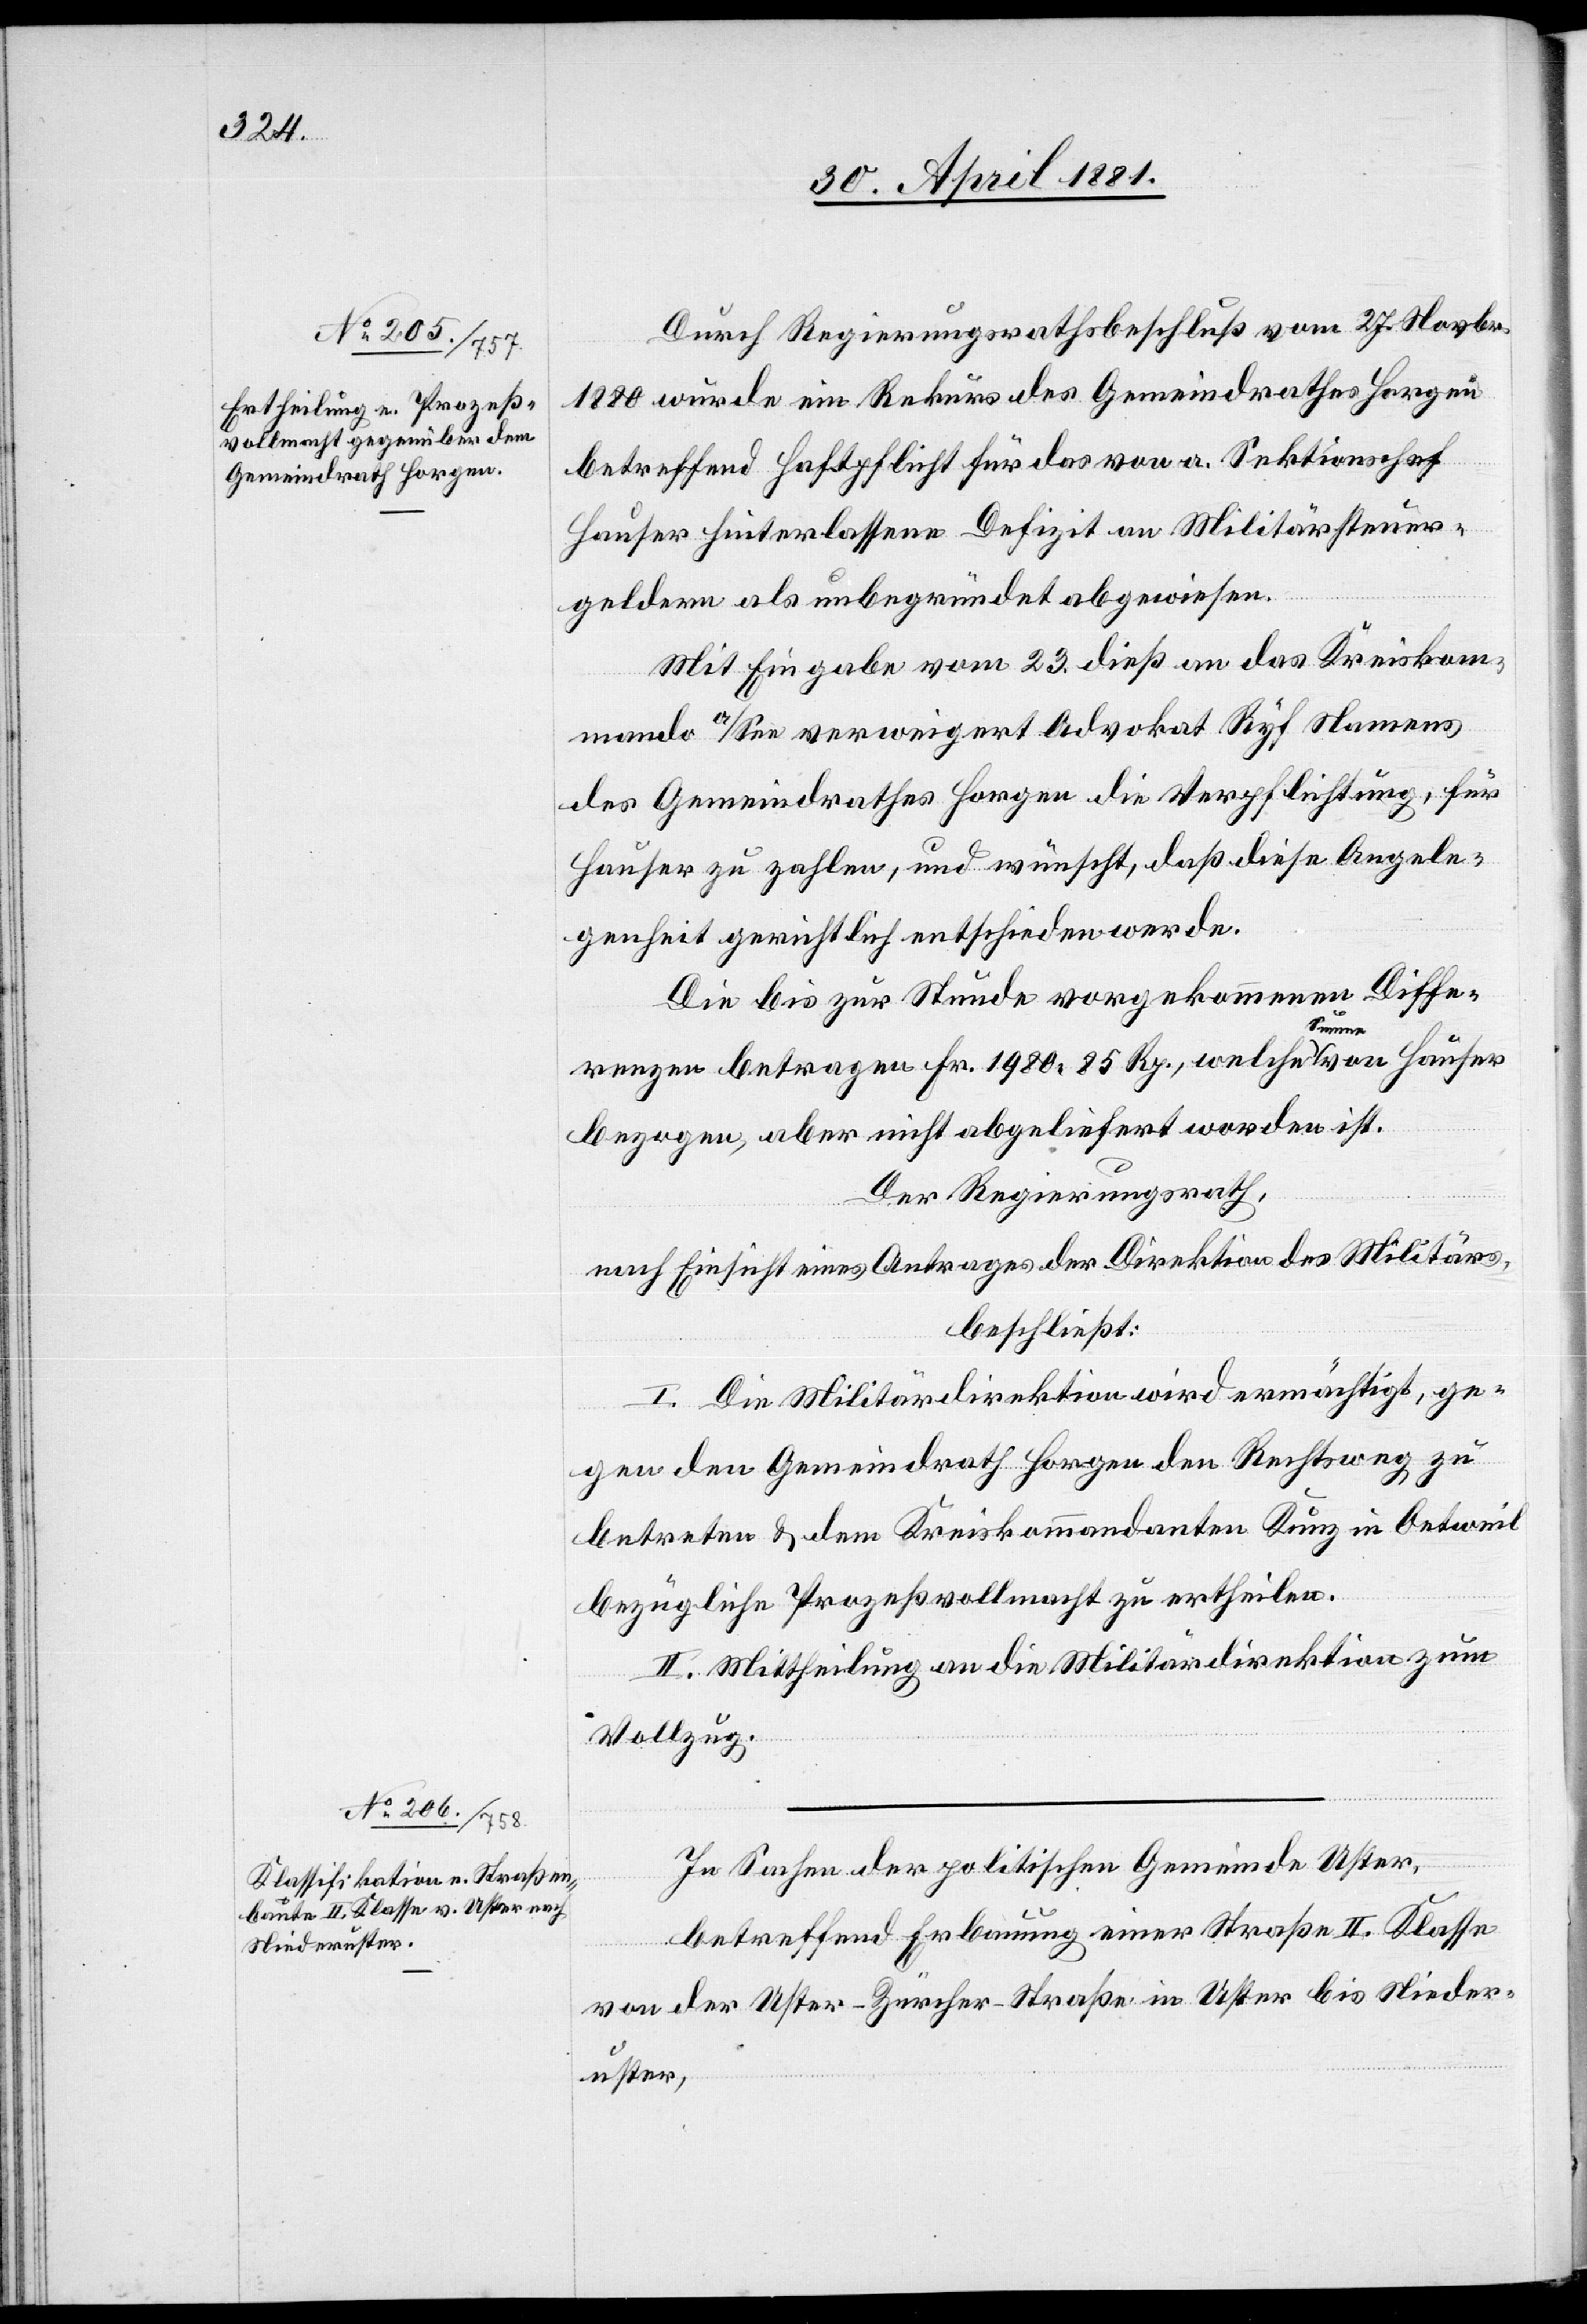
Durch Regierungsrathsbeschluß vom 27. Novbr.
1880 wurde ein Rekurs des Gemeindrathes Horgen
betreffend Haftpflicht für das von Sektionschef
Sauter hinterlassene Defizit an Militärsteuer¬
geldern als unbegründet abgewiesen.
Mit Eingabe vom 23. dieß an das Kreiskom¬
mando a/See verweigert Advokat Ryf Namens
des Gemeindrathes Horgen die Verpflichtung, für
Hauser zu zahlen, und wünscht, daß diese Angele¬
genheit gerichtlich entschieden werde.
Die bis zur Stunde vorgekommenen Diffe¬
renzen betragen Fr. 1980 85 Rp., welche Summe von Hauser
bezogen, aber nicht abgeliefert worden ist.
Der Regierungsrath,
nach Einsicht eines Antrages der Direktion des Militärs,
beschließt:
I. Die Militärdirektion wird ermächtigt, ge¬
gen den Gemeindrath Horgen den Rechtsweg zu
betreten & dem Kreiskommandanten Kunz in Oetweil
bezügliche Prozeßvollmacht zu ertheilen.
II. Mittheilung an die Militärdirektion zum
Vollzug.
In Sachen der politischen Gemeinde Uster,
betreffend Erbauung einer Straße II. Klasse
von der Uster–Zürcher-Straße in Uster bis Nieder¬
uster,